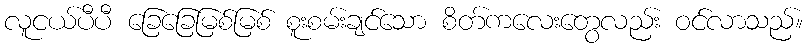
လူငယ်ပီပီ ခြေခြေမြစ်မြစ် စူးစမ်းချင်သော စိတ်ကလေးတွေလည်း ဝင်လာသည်။